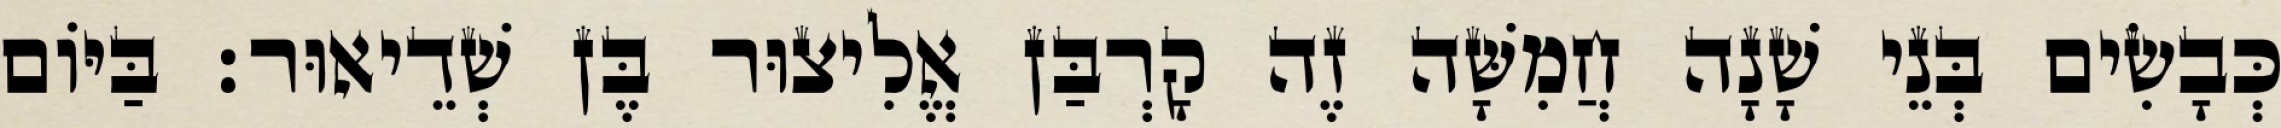
כְּבָשִׂים בְּנֵי שָׁנָה חֲמִשָּׁה זֶה קָרְבַּן אֱלִיצוּר בֶּן שְׁדֵיאוּר׃ בַּיּוֹם